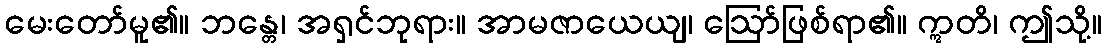
မေးတော်မူ၏။ ဘန္တေ၊ အရှင်ဘုရား။ အာမဇာယေယျ၊ ဩော်ဖြစ်ရာ၏။ ဣတိ၊ ဤသို့။